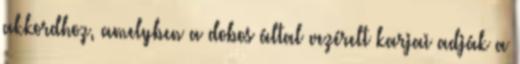
akkordhoz, amelyben a dobos által vezérelt karjai adják a